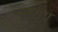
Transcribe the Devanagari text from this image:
ल्यूप